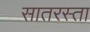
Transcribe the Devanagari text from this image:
सातरस्ता